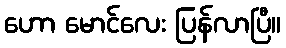
ဟော မောင်လေး ပြန်လာပြီ။